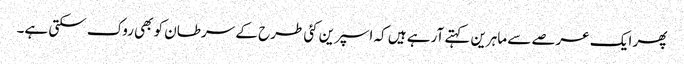
پھر ایک عرصے سے ماہرین کہتے آرہے ہیں کہ اسپرین کئی طرح کے سرطان کو بھی روک سکتی ہے۔